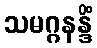
သမဂ္ဂနန္ဒိံ